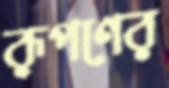
রূপণের